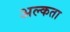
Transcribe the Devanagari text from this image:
अल्कता